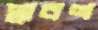
প্লাবণ